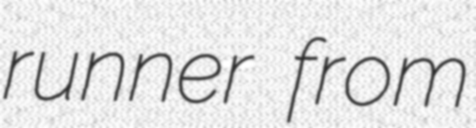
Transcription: runner from